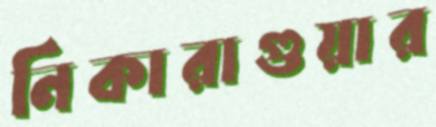
নিকারাগুয়ার